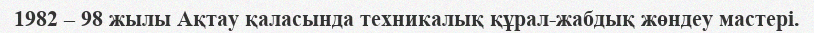
1982 – 98 жылы Ақтау қаласында техникалық құрал-жабдық жөндеу мастері.